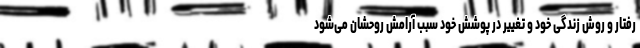
رفتار و روش زندگی خود و تغییر در پوشش خود سبب آرامش روحشان می‌شود